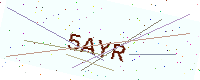
Text: 5AYR